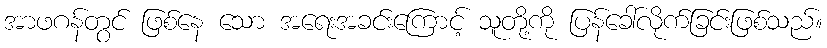
အာဖဂန်တွင် ဖြစ်နေ သော အရေးအခင်းကြောင့် သူတို့ကို ပြန်ခေါ်လိုက်ခြင်းဖြစ်သည်။